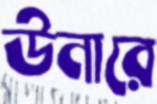
উনারে